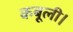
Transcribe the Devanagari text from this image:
कबूली।